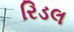
રિડલ